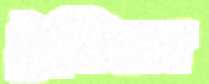
ট্রাস্টিয়ার